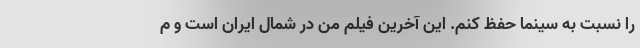
را نسبت به سینما حفظ کنم. این آخرین فیلم من در شمال ایران است و م